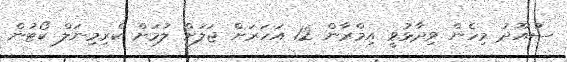
ސުއޫދު މިހެން ވިދާޅުވީ އިމްރާން 12 އަހަރަށް ޖަލަށް ލުމަށް ކްރިމިނަލް ކޯޓުން